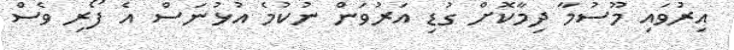
އިރުވައި މޫސުމާ ދިމާކޮށް ގުޑި އަރުވަން ނުކުމެ އުޅުނަސް އެ ފޯރި ވެސް